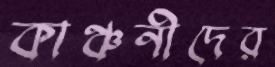
কাঞ্চনীদের